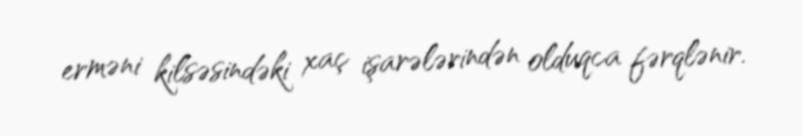
erməni kilsəsindəki xaç işarələrindən olduqca fərqlənir.